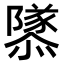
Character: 𨽎